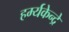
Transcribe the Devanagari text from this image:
हर्म्यकेन्द्रे